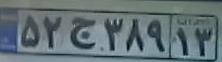
۵۲ج۳۸۹۱۳